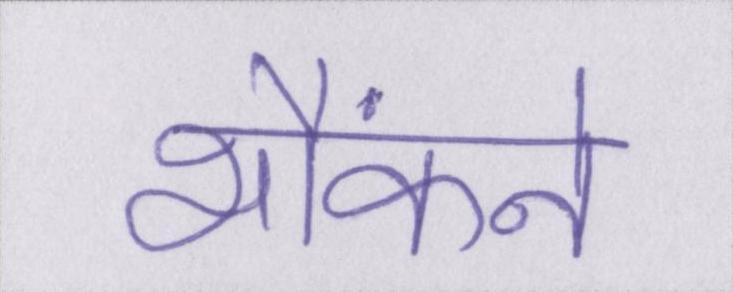
भौंकने